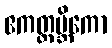
ဧကတ္ထမ္ဘိကော